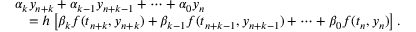
{ \begin{array} { r l } & { \alpha _ { k } y _ { n + k } + \alpha _ { k - 1 } y _ { n + k - 1 } + \cdots + \alpha _ { 0 } y _ { n } } \\ & { \quad = h \left[ \beta _ { k } f ( t _ { n + k } , y _ { n + k } ) + \beta _ { k - 1 } f ( t _ { n + k - 1 } , y _ { n + k - 1 } ) + \cdots + \beta _ { 0 } f ( t _ { n } , y _ { n } ) \right] . } \end{array} }